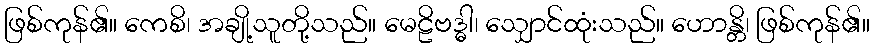
ဖြစ်ကုန်၏။ ကေစိ၊ အချို့သူတို့သည်။ မေဠိဗဒ္ဓါ၊ သျှောင်ထုံးသည်။ ဟောန္တိ၊ ဖြစ်ကုန်၏။